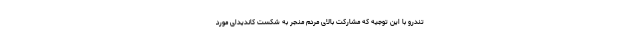
تندرو با این توجیه که مشارکت بالای مردم منجر به شکست کاندیدای مورد